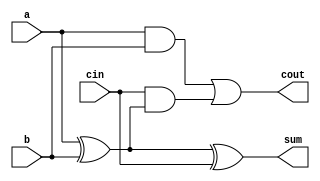
module full_adder(a,b,cin,sum,cout);
input a;
input b;
input cin;
output sum;
output cout;

assign sum = a^b^cin;
assign cout = (a & b) | (cin & (a^b)); 

endmodule

module bitadder(A,B,Cin,Sum,Cout);

input [3:0]A;
input [3:0]B;
input Cin;

output [3:0]Sum;
output Cout;

wire c1,c2,c3;

full_adder f1(.a(A[0]),.b(B[0]),.cin(Cin),.sum(Sum[0]),.cout(c1));
full_adder f2(.a(A[1]),.b(B[1]),.cin(c1),.sum(Sum[1]),.cout(c2));
full_adder f3(.a(A[2]),.b(B[2]),.cin(c2),.sum(Sum[2]),.cout(c3));
full_adder f4(.a(A[3]),.b(B[3]),.cin(c3),.sum(Sum[3]),.cout(Cout));

endmodule

module testbench();
reg [3:0]A;
reg [3:0]B;
reg Cin;
wire [3:0]Sum;
wire Cout;

bitadder tb(A,B,Cin,Sum,Cout);

initial
begin

$monitor("A = %b : B = %b : Cin = %b : Sum = %b : Cout = %b ",A,B,Cin,Sum,Cout);
$dumpfile("4bitadder.vcd");
$dumpvars;

A = 4'b0000 ; B = 4'b0000 ; Cin = 1'b0 ;
#5; 
A = 4'b0000 ; B = 4'b0001 ; Cin = 1'b0 ;
#5; 
A = 4'b0000 ; B = 4'b0010 ; Cin = 1'b0 ;
#5; 
A = 4'b0000 ; B = 4'b0011 ; Cin = 1'b0 ;
#5; 
A = 4'b0000 ; B = 4'b0100 ; Cin = 1'b0 ;
#5; 
A = 4'b0000 ; B = 4'b0101 ; Cin = 1'b0 ;
#5; 
A = 4'b0000 ; B = 4'b0110 ; Cin = 1'b0 ;
#5; 
A = 4'b0000 ; B = 4'b0111 ; Cin = 1'b0 ;
#5; 
A = 4'b0000 ; B = 4'b1000 ; Cin = 1'b0 ;
#5; 
A = 4'b0000 ; B = 4'b1001 ; Cin = 1'b0 ;
#5; 
A = 4'b0000 ; B = 4'b1010 ; Cin = 1'b0 ;
#5; 
A = 4'b0000 ; B = 4'b1011 ; Cin = 1'b0 ;
#5; 
A = 4'b0000 ; B = 4'b1100 ; Cin = 1'b0 ;
#5; 
A = 4'b0000 ; B = 4'b1101 ; Cin = 1'b0 ;
#5; 
A = 4'b0000 ; B = 4'b1110 ; Cin = 1'b0 ;
#5; 
A = 4'b0000 ; B = 4'b1111 ; Cin = 1'b0 ;
#5; 
A = 4'b0001 ; B = 4'b0000 ; Cin = 1'b0 ;
#5; 
A = 4'b0001 ; B = 4'b0001 ; Cin = 1'b0 ;
#5; 
A = 4'b0001 ; B = 4'b0010 ; Cin = 1'b0 ;
#5; 
A = 4'b0001 ; B = 4'b0011 ; Cin = 1'b0 ;
#5; 
A = 4'b0001 ; B = 4'b0100 ; Cin = 1'b0 ;
#5; 
A = 4'b0001 ; B = 4'b0101 ; Cin = 1'b0 ;
#5; 
A = 4'b0001 ; B = 4'b0110 ; Cin = 1'b0 ;
#5; 
A = 4'b0001 ; B = 4'b0111 ; Cin = 1'b0 ;
#5; 
A = 4'b0001 ; B = 4'b1000 ; Cin = 1'b0 ;
#5; 
A = 4'b0001 ; B = 4'b1001 ; Cin = 1'b0 ;
#5; 
A = 4'b0001 ; B = 4'b1010 ; Cin = 1'b0 ;
#5; 
A = 4'b0001 ; B = 4'b1011 ; Cin = 1'b0 ;
#5; 
A = 4'b0001 ; B = 4'b1100 ; Cin = 1'b0 ;
#5; 
A = 4'b0001 ; B = 4'b1101 ; Cin = 1'b0 ;
#5; 
A = 4'b0001 ; B = 4'b1110 ; Cin = 1'b0 ;
#5; 
A = 4'b0001 ; B = 4'b1111 ; Cin = 1'b0 ;
#5; 
A = 4'b0010 ; B = 4'b0000 ; Cin = 1'b0 ;
#5; 
A = 4'b0010 ; B = 4'b0001 ; Cin = 1'b0 ;
#5; 
A = 4'b0010 ; B = 4'b0010 ; Cin = 1'b0 ;
#5; 
A = 4'b0010 ; B = 4'b0011 ; Cin = 1'b0 ;
#5; 
A = 4'b0010 ; B = 4'b0100 ; Cin = 1'b0 ;
#5; 
A = 4'b0010 ; B = 4'b0101 ; Cin = 1'b0 ;
#5; 
A = 4'b0010 ; B = 4'b0110 ; Cin = 1'b0 ;
#5; 
A = 4'b0010 ; B = 4'b0111 ; Cin = 1'b0 ;
#5; 
A = 4'b0010 ; B = 4'b1000 ; Cin = 1'b0 ;
#5; 
A = 4'b0010 ; B = 4'b1001 ; Cin = 1'b0 ;
#5; 
A = 4'b0010 ; B = 4'b1010 ; Cin = 1'b0 ;
#5; 
A = 4'b0010 ; B = 4'b1011 ; Cin = 1'b0 ;
#5; 
A = 4'b0010 ; B = 4'b1100 ; Cin = 1'b0 ;
#5; 
A = 4'b0010 ; B = 4'b1101 ; Cin = 1'b0 ;
#5; 
A = 4'b0010 ; B = 4'b1110 ; Cin = 1'b0 ;
#5; 
A = 4'b0010 ; B = 4'b1111 ; Cin = 1'b0 ;
#5; 
A = 4'b0011 ; B = 4'b0000 ; Cin = 1'b0 ;
#5; 
A = 4'b0011 ; B = 4'b0001 ; Cin = 1'b0 ;
#5; 
A = 4'b0011 ; B = 4'b0010 ; Cin = 1'b0 ;
#5; 
A = 4'b0011 ; B = 4'b0011 ; Cin = 1'b0 ;
#5; 
A = 4'b0011 ; B = 4'b0100 ; Cin = 1'b0 ;
#5; 
A = 4'b0011 ; B = 4'b0101 ; Cin = 1'b0 ;
#5; 
A = 4'b0011 ; B = 4'b0110 ; Cin = 1'b0 ;
#5; 
A = 4'b0011 ; B = 4'b0111 ; Cin = 1'b0 ;
#5; 
A = 4'b0011 ; B = 4'b1000 ; Cin = 1'b0 ;
#5; 
A = 4'b0011 ; B = 4'b1001 ; Cin = 1'b0 ;
#5; 
A = 4'b0011 ; B = 4'b1010 ; Cin = 1'b0 ;
#5; 
A = 4'b0011 ; B = 4'b1011 ; Cin = 1'b0 ;
#5; 
A = 4'b0011 ; B = 4'b1100 ; Cin = 1'b0 ;
#5; 
A = 4'b0011 ; B = 4'b1101 ; Cin = 1'b0 ;
#5; 
A = 4'b0011 ; B = 4'b1110 ; Cin = 1'b0 ;
#5; 
A = 4'b0011 ; B = 4'b1111 ; Cin = 1'b0 ;
#5; 
A = 4'b0100 ; B = 4'b0000 ; Cin = 1'b0 ;
#5; 
A = 4'b0100 ; B = 4'b0001 ; Cin = 1'b0 ;
#5; 
A = 4'b0100 ; B = 4'b0010 ; Cin = 1'b0 ;
#5; 
A = 4'b0100 ; B = 4'b0011 ; Cin = 1'b0 ;
#5; 
A = 4'b0100 ; B = 4'b0100 ; Cin = 1'b0 ;
#5; 
A = 4'b0100 ; B = 4'b0101 ; Cin = 1'b0 ;
#5; 
A = 4'b0100 ; B = 4'b0110 ; Cin = 1'b0 ;
#5; 
A = 4'b0100 ; B = 4'b0111 ; Cin = 1'b0 ;
#5; 
A = 4'b0100 ; B = 4'b1000 ; Cin = 1'b0 ;
#5; 
A = 4'b0100 ; B = 4'b1001 ; Cin = 1'b0 ;
#5; 
A = 4'b0100 ; B = 4'b1010 ; Cin = 1'b0 ;
#5; 
A = 4'b0100 ; B = 4'b1011 ; Cin = 1'b0 ;
#5; 
A = 4'b0100 ; B = 4'b1100 ; Cin = 1'b0 ;
#5; 
A = 4'b0100 ; B = 4'b1101 ; Cin = 1'b0 ;
#5; 
A = 4'b0100 ; B = 4'b1110 ; Cin = 1'b0 ;
#5; 
A = 4'b0100 ; B = 4'b1111 ; Cin = 1'b0 ;
#5; 
A = 4'b0101 ; B = 4'b0000 ; Cin = 1'b0 ;
#5; 
A = 4'b0101 ; B = 4'b0001 ; Cin = 1'b0 ;
#5; 
A = 4'b0101 ; B = 4'b0010 ; Cin = 1'b0 ;
#5; 
A = 4'b0101 ; B = 4'b0011 ; Cin = 1'b0 ;
#5; 
A = 4'b0101 ; B = 4'b0100 ; Cin = 1'b0 ;
#5; 
A = 4'b0101 ; B = 4'b0101 ; Cin = 1'b0 ;
#5; 
A = 4'b0101 ; B = 4'b0110 ; Cin = 1'b0 ;
#5; 
A = 4'b0101 ; B = 4'b0111 ; Cin = 1'b0 ;
#5; 
A = 4'b0101 ; B = 4'b1000 ; Cin = 1'b0 ;
#5; 
A = 4'b0101 ; B = 4'b1001 ; Cin = 1'b0 ;
#5; 
A = 4'b0101 ; B = 4'b1010 ; Cin = 1'b0 ;
#5; 
A = 4'b0101 ; B = 4'b1011 ; Cin = 1'b0 ;
#5; 
A = 4'b0101 ; B = 4'b1100 ; Cin = 1'b0 ;
#5; 
A = 4'b0101 ; B = 4'b1101 ; Cin = 1'b0 ;
#5; 
A = 4'b0101 ; B = 4'b1110 ; Cin = 1'b0 ;
#5; 
A = 4'b0101 ; B = 4'b1111 ; Cin = 1'b0 ;
#5; 
A = 4'b0110 ; B = 4'b0000 ; Cin = 1'b0 ;
#5; 
A = 4'b0110 ; B = 4'b0001 ; Cin = 1'b0 ;
#5; 
A = 4'b0110 ; B = 4'b0010 ; Cin = 1'b0 ;
#5; 
A = 4'b0110 ; B = 4'b0011 ; Cin = 1'b0 ;
#5; 
A = 4'b0110 ; B = 4'b0100 ; Cin = 1'b0 ;
#5; 
A = 4'b0110 ; B = 4'b0101 ; Cin = 1'b0 ;
#5; 
A = 4'b0110 ; B = 4'b0110 ; Cin = 1'b0 ;
#5; 
A = 4'b0110 ; B = 4'b0111 ; Cin = 1'b0 ;
#5; 
A = 4'b0110 ; B = 4'b1000 ; Cin = 1'b0 ;
#5; 
A = 4'b0110 ; B = 4'b1001 ; Cin = 1'b0 ;
#5; 
A = 4'b0110 ; B = 4'b1010 ; Cin = 1'b0 ;
#5; 
A = 4'b0110 ; B = 4'b1011 ; Cin = 1'b0 ;
#5; 
A = 4'b0110 ; B = 4'b1100 ; Cin = 1'b0 ;
#5; 
A = 4'b0110 ; B = 4'b1101 ; Cin = 1'b0 ;
#5; 
A = 4'b0110 ; B = 4'b1110 ; Cin = 1'b0 ;
#5; 
A = 4'b0110 ; B = 4'b1111 ; Cin = 1'b0 ;
#5; 
A = 4'b0111 ; B = 4'b0000 ; Cin = 1'b0 ;
#5; 
A = 4'b0111 ; B = 4'b0001 ; Cin = 1'b0 ;
#5; 
A = 4'b0111 ; B = 4'b0010 ; Cin = 1'b0 ;
#5; 
A = 4'b0111 ; B = 4'b0011 ; Cin = 1'b0 ;
#5; 
A = 4'b0111 ; B = 4'b0100 ; Cin = 1'b0 ;
#5; 
A = 4'b0111 ; B = 4'b0101 ; Cin = 1'b0 ;
#5; 
A = 4'b0111 ; B = 4'b0110 ; Cin = 1'b0 ;
#5; 
A = 4'b0111 ; B = 4'b0111 ; Cin = 1'b0 ;
#5; 
A = 4'b0111 ; B = 4'b1000 ; Cin = 1'b0 ;
#5; 
A = 4'b0111 ; B = 4'b1001 ; Cin = 1'b0 ;
#5; 
A = 4'b0111 ; B = 4'b1010 ; Cin = 1'b0 ;
#5; 
A = 4'b0111 ; B = 4'b1011 ; Cin = 1'b0 ;
#5; 
A = 4'b0111 ; B = 4'b1100 ; Cin = 1'b0 ;
#5; 
A = 4'b0111 ; B = 4'b1101 ; Cin = 1'b0 ;
#5; 
A = 4'b0111 ; B = 4'b1110 ; Cin = 1'b0 ;
#5; 
A = 4'b0111 ; B = 4'b1111 ; Cin = 1'b0 ;
#5; 
A = 4'b1000 ; B = 4'b0000 ; Cin = 1'b0 ;
#5; 
A = 4'b1000 ; B = 4'b0001 ; Cin = 1'b0 ;
#5; 
A = 4'b1000 ; B = 4'b0010 ; Cin = 1'b0 ;
#5; 
A = 4'b1000 ; B = 4'b0011 ; Cin = 1'b0 ;
#5; 
A = 4'b1000 ; B = 4'b0100 ; Cin = 1'b0 ;
#5; 
A = 4'b1000 ; B = 4'b0101 ; Cin = 1'b0 ;
#5; 
A = 4'b1000 ; B = 4'b0110 ; Cin = 1'b0 ;
#5; 
A = 4'b1000 ; B = 4'b0111 ; Cin = 1'b0 ;
#5; 
A = 4'b1000 ; B = 4'b1000 ; Cin = 1'b0 ;
#5; 
A = 4'b1000 ; B = 4'b1001 ; Cin = 1'b0 ;
#5; 
A = 4'b1000 ; B = 4'b1010 ; Cin = 1'b0 ;
#5; 
A = 4'b1000 ; B = 4'b1011 ; Cin = 1'b0 ;
#5; 
A = 4'b1000 ; B = 4'b1100 ; Cin = 1'b0 ;
#5; 
A = 4'b1000 ; B = 4'b1101 ; Cin = 1'b0 ;
#5; 
A = 4'b1000 ; B = 4'b1110 ; Cin = 1'b0 ;
#5; 
A = 4'b1000 ; B = 4'b1111 ; Cin = 1'b0 ;
#5; 
A = 4'b1001 ; B = 4'b0000 ; Cin = 1'b0 ;
#5; 
A = 4'b1001 ; B = 4'b0001 ; Cin = 1'b0 ;
#5; 
A = 4'b1001 ; B = 4'b0010 ; Cin = 1'b0 ;
#5; 
A = 4'b1001 ; B = 4'b0011 ; Cin = 1'b0 ;
#5; 
A = 4'b1001 ; B = 4'b0100 ; Cin = 1'b0 ;
#5; 
A = 4'b1001 ; B = 4'b0101 ; Cin = 1'b0 ;
#5; 
A = 4'b1001 ; B = 4'b0110 ; Cin = 1'b0 ;
#5; 
A = 4'b1001 ; B = 4'b0111 ; Cin = 1'b0 ;
#5; 
A = 4'b1001 ; B = 4'b1000 ; Cin = 1'b0 ;
#5; 
A = 4'b1001 ; B = 4'b1001 ; Cin = 1'b0 ;
#5; 
A = 4'b1001 ; B = 4'b1010 ; Cin = 1'b0 ;
#5; 
A = 4'b1001 ; B = 4'b1011 ; Cin = 1'b0 ;
#5; 
A = 4'b1001 ; B = 4'b1100 ; Cin = 1'b0 ;
#5; 
A = 4'b1001 ; B = 4'b1101 ; Cin = 1'b0 ;
#5; 
A = 4'b1001 ; B = 4'b1110 ; Cin = 1'b0 ;
#5; 
A = 4'b1001 ; B = 4'b1111 ; Cin = 1'b0 ;
#5; 
A = 4'b1010 ; B = 4'b0000 ; Cin = 1'b0 ;
#5; 
A = 4'b1010 ; B = 4'b0001 ; Cin = 1'b0 ;
#5; 
A = 4'b1010 ; B = 4'b0010 ; Cin = 1'b0 ;
#5; 
A = 4'b1010 ; B = 4'b0011 ; Cin = 1'b0 ;
#5; 
A = 4'b1010 ; B = 4'b0100 ; Cin = 1'b0 ;
#5; 
A = 4'b1010 ; B = 4'b0101 ; Cin = 1'b0 ;
#5; 
A = 4'b1010 ; B = 4'b0110 ; Cin = 1'b0 ;
#5; 
A = 4'b1010 ; B = 4'b0111 ; Cin = 1'b0 ;
#5; 
A = 4'b1010 ; B = 4'b1000 ; Cin = 1'b0 ;
#5; 
A = 4'b1010 ; B = 4'b1001 ; Cin = 1'b0 ;
#5; 
A = 4'b1010 ; B = 4'b1010 ; Cin = 1'b0 ;
#5; 
A = 4'b1010 ; B = 4'b1011 ; Cin = 1'b0 ;
#5; 
A = 4'b1010 ; B = 4'b1100 ; Cin = 1'b0 ;
#5; 
A = 4'b1010 ; B = 4'b1101 ; Cin = 1'b0 ;
#5; 
A = 4'b1010 ; B = 4'b1110 ; Cin = 1'b0 ;
#5; 
A = 4'b1010 ; B = 4'b1111 ; Cin = 1'b0 ;
#5; 
A = 4'b1011 ; B = 4'b0000 ; Cin = 1'b0 ;
#5; 
A = 4'b1011 ; B = 4'b0001 ; Cin = 1'b0 ;
#5; 
A = 4'b1011 ; B = 4'b0010 ; Cin = 1'b0 ;
#5; 
A = 4'b1011 ; B = 4'b0011 ; Cin = 1'b0 ;
#5; 
A = 4'b1011 ; B = 4'b0100 ; Cin = 1'b0 ;
#5; 
A = 4'b1011 ; B = 4'b0101 ; Cin = 1'b0 ;
#5; 
A = 4'b1011 ; B = 4'b0110 ; Cin = 1'b0 ;
#5; 
A = 4'b1011 ; B = 4'b0111 ; Cin = 1'b0 ;
#5; 
A = 4'b1011 ; B = 4'b1000 ; Cin = 1'b0 ;
#5; 
A = 4'b1011 ; B = 4'b1001 ; Cin = 1'b0 ;
#5; 
A = 4'b1011 ; B = 4'b1010 ; Cin = 1'b0 ;
#5; 
A = 4'b1011 ; B = 4'b1011 ; Cin = 1'b0 ;
#5; 
A = 4'b1011 ; B = 4'b1100 ; Cin = 1'b0 ;
#5; 
A = 4'b1011 ; B = 4'b1101 ; Cin = 1'b0 ;
#5; 
A = 4'b1011 ; B = 4'b1110 ; Cin = 1'b0 ;
#5; 
A = 4'b1011 ; B = 4'b1111 ; Cin = 1'b0 ;
#5; 
A = 4'b1100 ; B = 4'b0000 ; Cin = 1'b0 ;
#5; 
A = 4'b1100 ; B = 4'b0001 ; Cin = 1'b0 ;
#5; 
A = 4'b1100 ; B = 4'b0010 ; Cin = 1'b0 ;
#5; 
A = 4'b1100 ; B = 4'b0011 ; Cin = 1'b0 ;
#5; 
A = 4'b1100 ; B = 4'b0100 ; Cin = 1'b0 ;
#5; 
A = 4'b1100 ; B = 4'b0101 ; Cin = 1'b0 ;
#5; 
A = 4'b1100 ; B = 4'b0110 ; Cin = 1'b0 ;
#5; 
A = 4'b1100 ; B = 4'b0111 ; Cin = 1'b0 ;
#5; 
A = 4'b1100 ; B = 4'b1000 ; Cin = 1'b0 ;
#5; 
A = 4'b1100 ; B = 4'b1001 ; Cin = 1'b0 ;
#5; 
A = 4'b1100 ; B = 4'b1010 ; Cin = 1'b0 ;
#5; 
A = 4'b1100 ; B = 4'b1011 ; Cin = 1'b0 ;
#5; 
A = 4'b1100 ; B = 4'b1100 ; Cin = 1'b0 ;
#5; 
A = 4'b1100 ; B = 4'b1101 ; Cin = 1'b0 ;
#5; 
A = 4'b1100 ; B = 4'b1110 ; Cin = 1'b0 ;
#5; 
A = 4'b1100 ; B = 4'b1111 ; Cin = 1'b0 ;
#5; 
A = 4'b1101 ; B = 4'b0000 ; Cin = 1'b0 ;
#5; 
A = 4'b1101 ; B = 4'b0001 ; Cin = 1'b0 ;
#5; 
A = 4'b1101 ; B = 4'b0010 ; Cin = 1'b0 ;
#5; 
A = 4'b1101 ; B = 4'b0011 ; Cin = 1'b0 ;
#5; 
A = 4'b1101 ; B = 4'b0100 ; Cin = 1'b0 ;
#5; 
A = 4'b1101 ; B = 4'b0101 ; Cin = 1'b0 ;
#5; 
A = 4'b1101 ; B = 4'b0110 ; Cin = 1'b0 ;
#5; 
A = 4'b1101 ; B = 4'b0111 ; Cin = 1'b0 ;
#5; 
A = 4'b1101 ; B = 4'b1000 ; Cin = 1'b0 ;
#5; 
A = 4'b1101 ; B = 4'b1001 ; Cin = 1'b0 ;
#5; 
A = 4'b1101 ; B = 4'b1010 ; Cin = 1'b0 ;
#5; 
A = 4'b1101 ; B = 4'b1011 ; Cin = 1'b0 ;
#5; 
A = 4'b1101 ; B = 4'b1100 ; Cin = 1'b0 ;
#5; 
A = 4'b1101 ; B = 4'b1101 ; Cin = 1'b0 ;
#5; 
A = 4'b1101 ; B = 4'b1110 ; Cin = 1'b0 ;
#5; 
A = 4'b1101 ; B = 4'b1111 ; Cin = 1'b0 ;
#5; 
A = 4'b1110 ; B = 4'b0000 ; Cin = 1'b0 ;
#5; 
A = 4'b1110 ; B = 4'b0001 ; Cin = 1'b0 ;
#5; 
A = 4'b1110 ; B = 4'b0010 ; Cin = 1'b0 ;
#5; 
A = 4'b1110 ; B = 4'b0011 ; Cin = 1'b0 ;
#5; 
A = 4'b1110 ; B = 4'b0100 ; Cin = 1'b0 ;
#5; 
A = 4'b1110 ; B = 4'b0101 ; Cin = 1'b0 ;
#5; 
A = 4'b1110 ; B = 4'b0110 ; Cin = 1'b0 ;
#5; 
A = 4'b1110 ; B = 4'b0111 ; Cin = 1'b0 ;
#5; 
A = 4'b1110 ; B = 4'b1000 ; Cin = 1'b0 ;
#5; 
A = 4'b1110 ; B = 4'b1001 ; Cin = 1'b0 ;
#5; 
A = 4'b1110 ; B = 4'b1010 ; Cin = 1'b0 ;
#5; 
A = 4'b1110 ; B = 4'b1011 ; Cin = 1'b0 ;
#5; 
A = 4'b1110 ; B = 4'b1100 ; Cin = 1'b0 ;
#5; 
A = 4'b1110 ; B = 4'b1101 ; Cin = 1'b0 ;
#5; 
A = 4'b1110 ; B = 4'b1110 ; Cin = 1'b0 ;
#5; 
A = 4'b1110 ; B = 4'b1111 ; Cin = 1'b0 ;
#5; 
A = 4'b1111 ; B = 4'b0000 ; Cin = 1'b0 ;
#5; 
A = 4'b1111 ; B = 4'b0001 ; Cin = 1'b0 ;
#5; 
A = 4'b1111 ; B = 4'b0010 ; Cin = 1'b0 ;
#5; 
A = 4'b1111 ; B = 4'b0011 ; Cin = 1'b0 ;
#5; 
A = 4'b1111 ; B = 4'b0100 ; Cin = 1'b0 ;
#5; 
A = 4'b1111 ; B = 4'b0101 ; Cin = 1'b0 ;
#5; 
A = 4'b1111 ; B = 4'b0110 ; Cin = 1'b0 ;
#5; 
A = 4'b1111 ; B = 4'b0111 ; Cin = 1'b0 ;
#5; 
A = 4'b1111 ; B = 4'b1000 ; Cin = 1'b0 ;
#5; 
A = 4'b1111 ; B = 4'b1001 ; Cin = 1'b0 ;
#5; 
A = 4'b1111 ; B = 4'b1010 ; Cin = 1'b0 ;
#5; 
A = 4'b1111 ; B = 4'b1011 ; Cin = 1'b0 ;
#5; 
A = 4'b1111 ; B = 4'b1100 ; Cin = 1'b0 ;
#5; 
A = 4'b1111 ; B = 4'b1101 ; Cin = 1'b0 ;
#5; 
A = 4'b1111 ; B = 4'b1110 ; Cin = 1'b0 ;
#5; 
A = 4'b1111 ; B = 4'b1111 ; Cin = 1'b0 ;
#5;
A = 4'b1111 ; B = 4'b1111 ; Cin = 1'b0 ;

end
endmodule